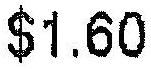
$1.60